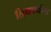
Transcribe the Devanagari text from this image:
तिथपर्यन्त